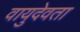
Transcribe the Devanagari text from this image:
वायुदेवता